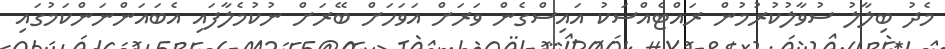
މެދު ބިލާލު ސުވާލުކުރުމުން ރައްޓެއްސަކު އައިސްގެން ވަރަށް އަވަހަށް ބޭރަށް ނުކުމެލާފައި އެބައަންނަންކަމުގައި